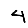
Digit: 4